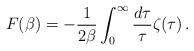
LaTeX: \begin{align*}{}F(\beta)=-{1\over 2\beta}\int_0^\infty{d\tau\over\tau}\zeta(\tau)\,.\end{align*}